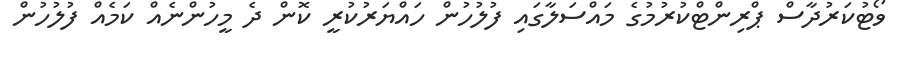
ވޯޓުކަރުދާސް ޕްރިންޓްކުރުމުގެ މައްސަލާގައި ފުލުހުން ހައްޔަރުކުރީ ކޮން ދެ މީހުންނެއް ކަމެއް ފުލުހުން